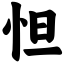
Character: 怛